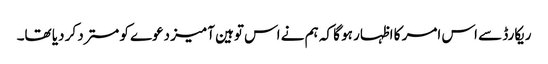
ریکارڈ سے اس امر کا اظہار ہو گا کہ ہم نے اس توہین آمیز دعوے کو مسترد کر دیا تھا۔